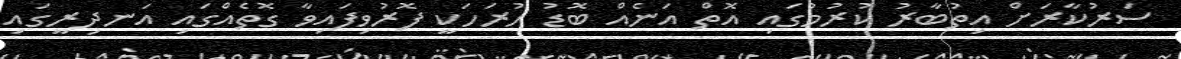
ސަރުކާރަށް އިތުބާރު ކުރުމުގައި އޮތް އަނެއް ބޮޑު ހުރަހަކީ ފޮރުވިފައިވާ ގޮތެއްގައި އަނދިރީގައި